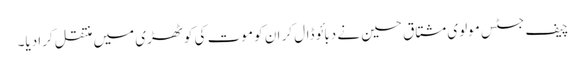
چیف جسٹس مولوی مشتاق حسین نے دبائو ڈال کر ان کو موت کی کوٹھڑی میں منتقل کرادیا۔